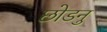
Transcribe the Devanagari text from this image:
छोडनु